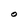
Character: O